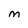
Character: M